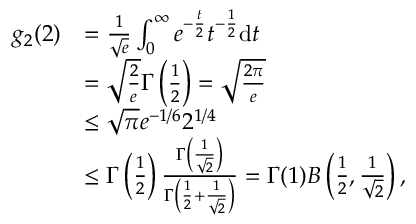
\begin{array} { r l } { g _ { 2 } ( 2 ) } & { = \frac { 1 } { \sqrt { e } } \int _ { 0 } ^ { \infty } e ^ { - \frac { t } { 2 } } t ^ { - \frac { 1 } { 2 } } \mathrm { d } t } \\ & { = \sqrt { \frac { 2 } { e } } \Gamma \left( \frac { 1 } { 2 } \right) = \sqrt { \frac { 2 \pi } { e } } } \\ & { \leq \sqrt { \pi } e ^ { - 1 / 6 } 2 ^ { 1 / 4 } } \\ & { \leq \Gamma \left( \frac { 1 } { 2 } \right) \frac { \Gamma \left( \frac { 1 } { \sqrt { 2 } } \right) } { \Gamma \left( \frac { 1 } { 2 } + \frac { 1 } { \sqrt { 2 } } \right) } = \Gamma ( 1 ) B \left( \frac { 1 } { 2 } , \frac { 1 } { \sqrt { 2 } } \right) , } \end{array}